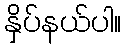
နှိပ်နယ်ပါ။